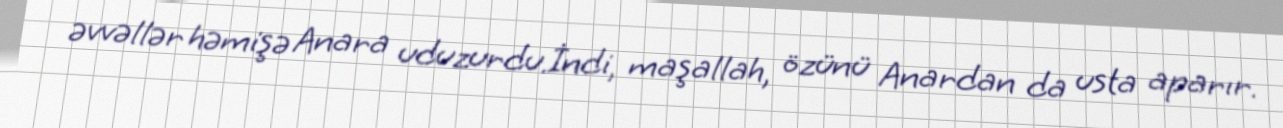
əvvəllər həmişə Anara uduzurdu.İndi, maşallah, özünü Anardan da usta aparır.